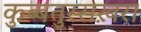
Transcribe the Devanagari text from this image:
कुब्बतुस्सख़रा